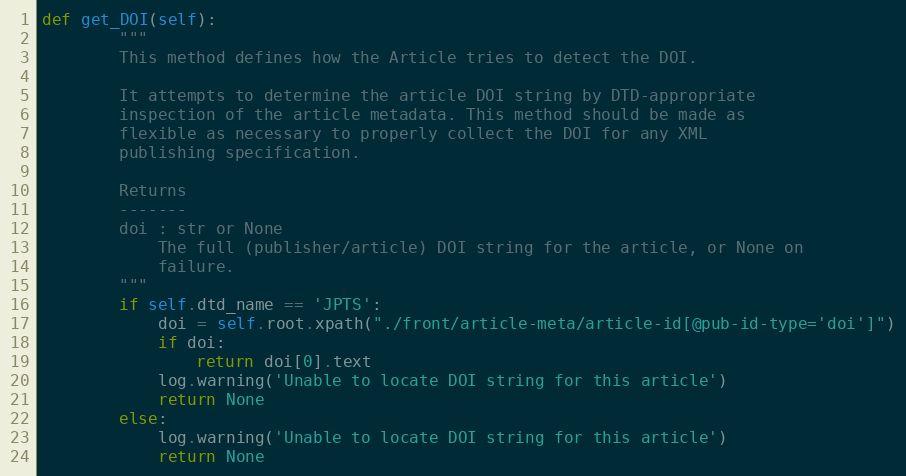
Language: Python
def get_DOI(self):
        """
        This method defines how the Article tries to detect the DOI.

        It attempts to determine the article DOI string by DTD-appropriate
        inspection of the article metadata. This method should be made as
        flexible as necessary to properly collect the DOI for any XML
        publishing specification.

        Returns
        -------
        doi : str or None
            The full (publisher/article) DOI string for the article, or None on
            failure.
        """
        if self.dtd_name == 'JPTS':
            doi = self.root.xpath("./front/article-meta/article-id[@pub-id-type='doi']")
            if doi:
                return doi[0].text
            log.warning('Unable to locate DOI string for this article')
            return None
        else:
            log.warning('Unable to locate DOI string for this article')
            return None